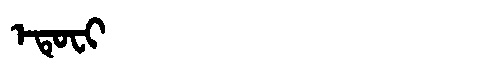
Manchu: ᡝᡨᡠᠸᡳ
Romanization: ETUFI